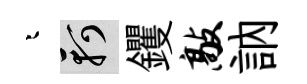
迢軻钁敲訥